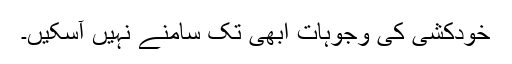
خودکشی کی وجوہات ابھی تک سامنے نہیں آسکیں۔